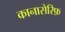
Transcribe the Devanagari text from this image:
कानासेरिफ़